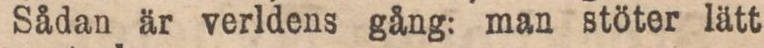
Sådan är verldens gång: man stöter lätt